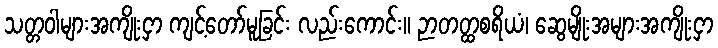
သတ္တဝါများအကျိုးငှာ ကျင့်တော်မူခြင်း လည်းကောင်း။ ဉာတတ္ထစရိယံ၊ ဆွေမျိုးအများအကျိုးငှာ